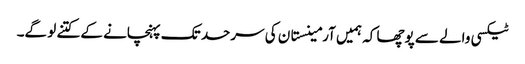
ٹیکسی والے سے پوچھا کہ ہمیں آرمینستان کی سرحد تک پہنچانے کے کتنے لو گے۔